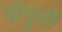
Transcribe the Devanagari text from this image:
पोंगुली